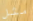
مثل